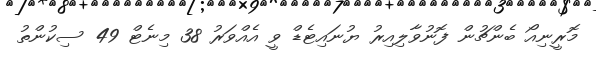
މޮރީނިއޯ ބެންޗުން ފޮނުވާލިއިރު ޔުނައިޓެޑް ވީ އެއްވަރު 38 މިނެޓް 49 ސިކުންތު